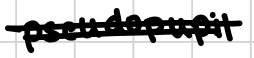
Text: pseudopupil
Cross-out: double-line
Writing tool: digital_black